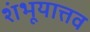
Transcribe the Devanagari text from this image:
शंभूयात्तव